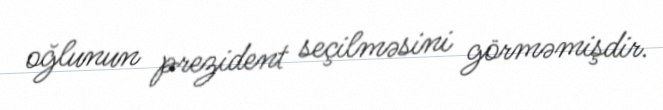
oğlunun prezident seçilməsini görməmişdir.